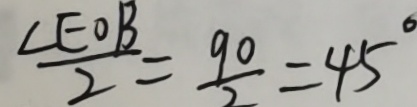
\frac { \angle E O B } { 2 } = \frac { 9 0 } { 2 } = 4 5 ^ { \circ }